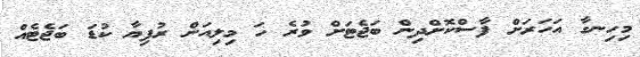
މިހިނގާ އަހަރަށް ފާސްކޮށްދިން ބަޖެޓަށް ވުރެ ހަ މިލިއަން ރުފިޔާ ކުޑަ ބަޖެޓެއް